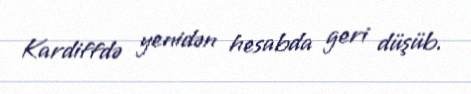
Kardiffdə yenidən hesabda geri düşüb.